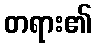
တရား၏